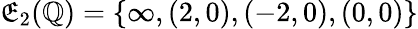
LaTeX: \mathfrak{E}_{2}(\mathbb{{Q}})=\{ \infty,(2,0),(-2,0),(0,0)\}